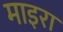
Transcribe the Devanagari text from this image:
माइरा